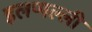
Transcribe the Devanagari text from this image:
इलप्पल्ली